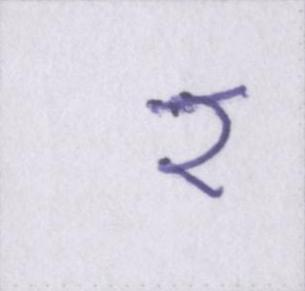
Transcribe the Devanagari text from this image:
र